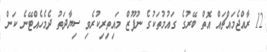
12 ރާއްޖެމައްޗައް އޮތް ބޭރުގެ ގައުމުތަކުގެ ނުފޫޒް މައިތިރިކުރެވި ސިޔާދަތު ދެމެހެއްޓޭނެ ކަން